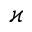
\varkappa